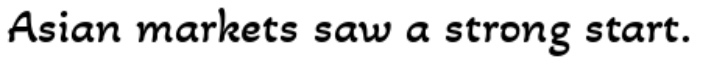
Asian markets saw a strong start.